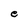
Character: e